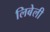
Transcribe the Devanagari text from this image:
लिबेली